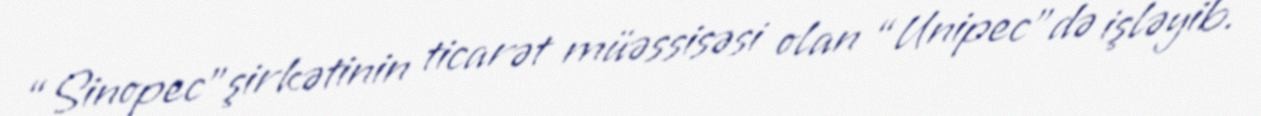
“Sinopec”şirkətinin ticarət müəssisəsi olan “Unipec”də işləyib.